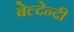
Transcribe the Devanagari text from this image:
बेल्देन्दी